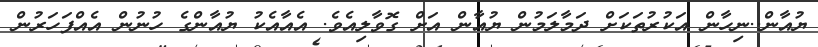
ޔުއާން..ނިހާން އަކުރުތަކަށް ދަމާލަމުން ޔުއާން އަށް ގޮވާލިއެވެ. އެއާއެކު ޔުއާންގެ ހުނުން އެއްފަހަރުން